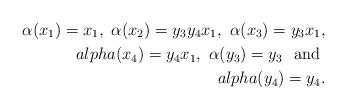
LaTeX: \begin{align*}\alpha(x_1) = x_1, \ \alpha(x_2) = y_3y_4x_1, \ \alpha(x_3) = y_3x_1, \\alpha(x_4) = y_4x_1, \ \alpha(y_3) = y_3 \ \ \mbox{and} \ \\alpha(y_4) = y_4.\end{align*}